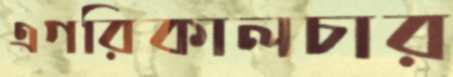
এগরিকালচার